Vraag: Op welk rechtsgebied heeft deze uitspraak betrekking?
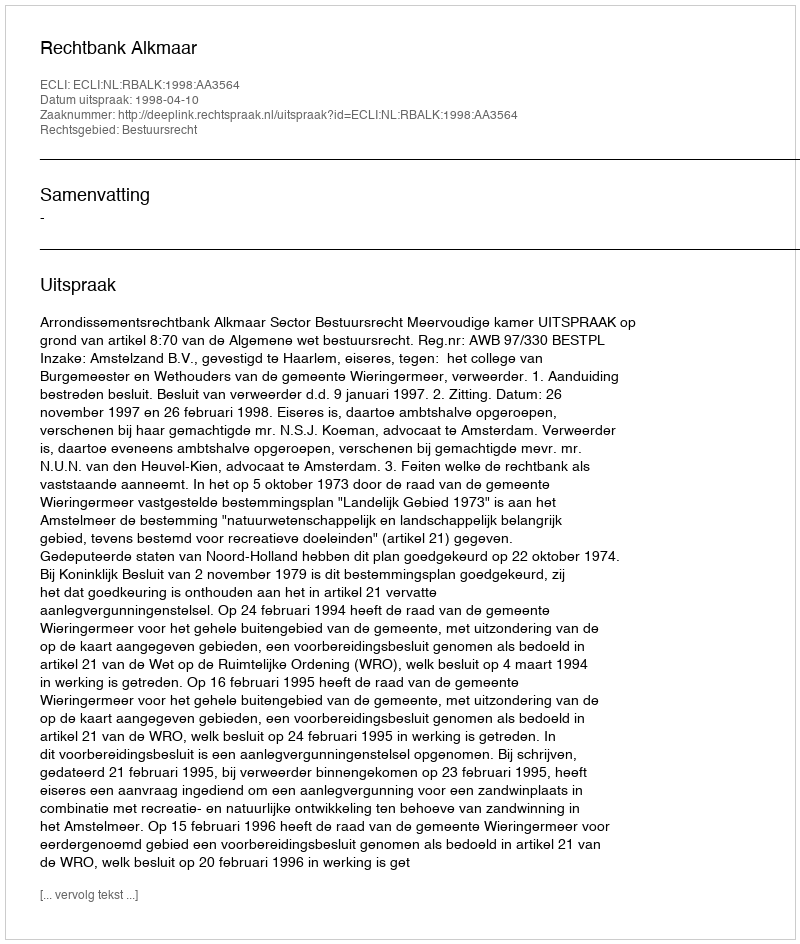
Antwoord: Bestuursrecht